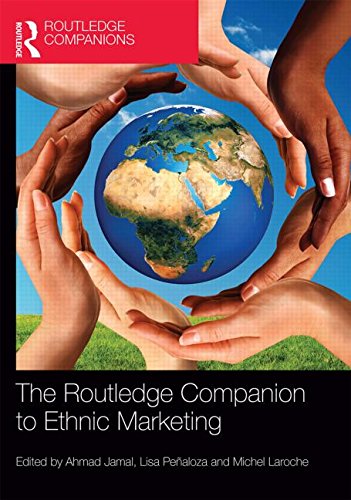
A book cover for The Routledge Companion to Ethnic Marketing (Routledge Companions in Business, Management and Accounting); Business & Money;